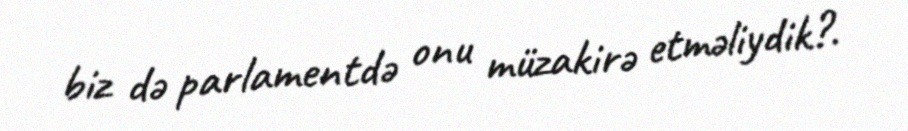
biz də parlamentdə onu müzakirə etməliydik?.